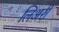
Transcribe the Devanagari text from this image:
लिअरी